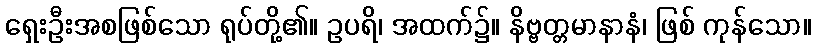
ရှေးဦးအစဖြစ်သော ရုပ်တို့၏။ ဥပရိ၊ အထက်၌။ နိဗ္ဗတ္တမာနာနံ၊ ဖြစ် ကုန်သော။